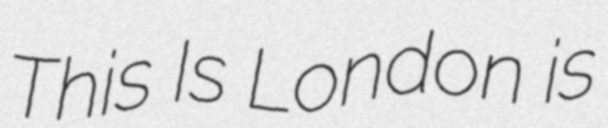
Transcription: This Is London is